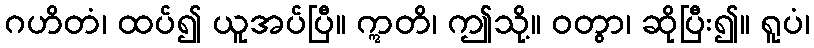
ဂဟိတံ၊ ထပ်၍ ယူအပ်ပြီ။ ဣတိ၊ ဤသို့။ ဝတွာ၊ ဆိုပြီး၍။ ရူပံ၊